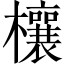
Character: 欀